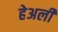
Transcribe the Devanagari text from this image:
हेअली